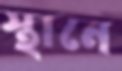
স্থানে